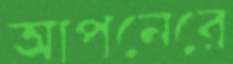
আপনেরে